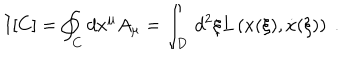
I [ C ] = \oint _ { C } d x ^ { \mu } A _ { \mu } = \int _ { D } \, d ^ { 2 } { \xi } L \left( x ( { \xi } ) , \dot { x } ( { \xi } ) \right) \ .